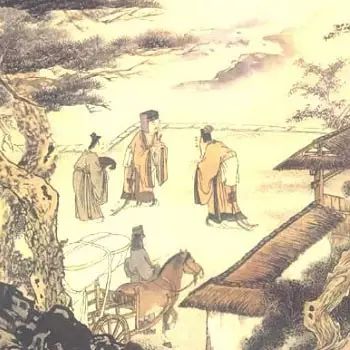
名不正，则言不顺言不顺，则事不成